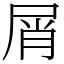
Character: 屑